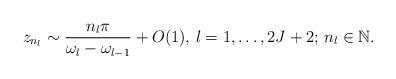
LaTeX: \begin{align*}z_{n_l}\sim\frac{{n_l}\pi}{\omega_{l}-\omega_{l-1}}+O(1),\,l=1,\ldots,2J+2;\,n_{l}\in\mathbb{N}.\end{align*}